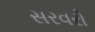
સરવરો